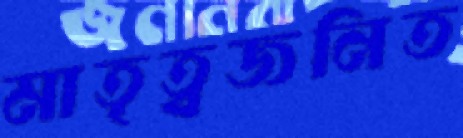
মাতৃত্বজনিত